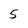
Character: 5